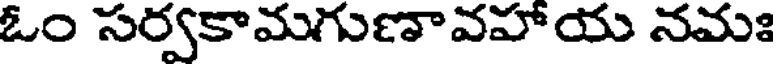
ఓం సర్వకామగుణావహాయ నమః